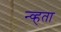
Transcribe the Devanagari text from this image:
न्व्हता